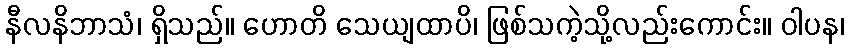
နီလနိဘာသံ၊ ရှိသည်။ ဟောတိ သေယျထာပိ၊ ဖြစ်သကဲ့သို့လည်းကောင်း။ ဝါပန၊